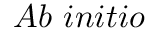
A b \ i n i t i o